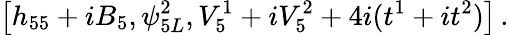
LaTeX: \left[h_{55}+iB_{5},\psi_{5L}^{2},V_{5}^{1}+iV_{5}^{2}+4i(t^{1}+it^{2})\right]\, .